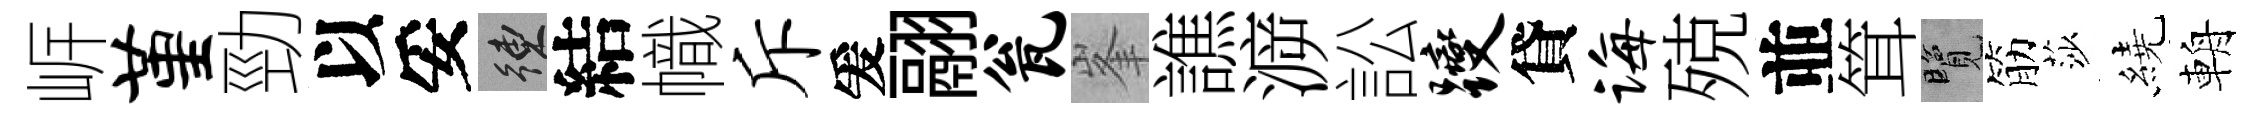
㟁堇勁以妥練結幟斥爰翮瓮峯譙㴑訟躞貸诲殑並䇯覽筋莎繞輈